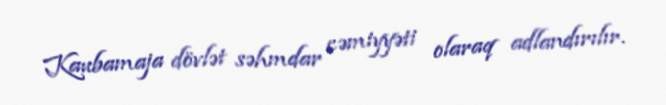
Kaubamaja dövlət səhmdar cəmiyyəti olaraq adlandırılır.